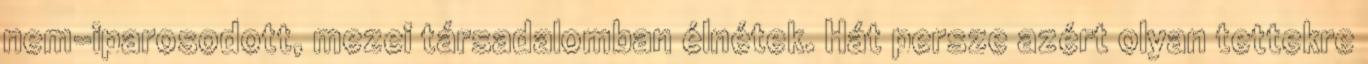
nem-iparosodott, mezei társadalomban élnétek. Hát persze azért olyan tettekre